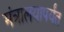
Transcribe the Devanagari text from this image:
मंत्रालयापर्यंत